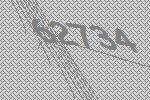
62734